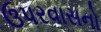
ઉપરવાસનો